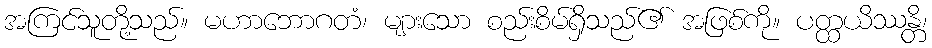
အကြင်သူတို့သည်။ မဟာဘောဂတံ၊ များသော စည်းစိမ်ရှိသည်၏ အဖြစ်ကို။ ပတ္ထယိဿန္တိ၊